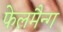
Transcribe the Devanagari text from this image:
फेलमैन्ग